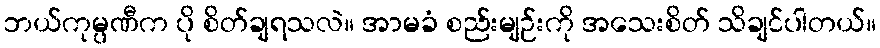
ဘယ်ကုမ္ပဏီက ပို စိတ်ချရသလဲ။ အာမခံ စည်းမျဉ်းကို အသေးစိတ် သိချင်ပါတယ်။